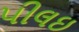
પીલઇ